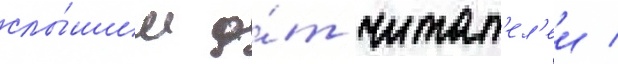
слы́шим о́т читат'ел'еи /